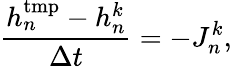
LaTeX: \frac{h_{n}^{\mathrm{tmp}}-h_{n}^{k}}{\Delta t}=-J_{n}^{k},